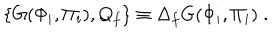
LaTeX: \{ G ( \Phi _ { i } , \Pi _ { i } ) , Q _ { f } \} \equiv \Delta _ { f } G ( \Phi _ { i } , \Pi _ { i } ) \; .